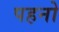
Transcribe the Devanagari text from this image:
पहनो